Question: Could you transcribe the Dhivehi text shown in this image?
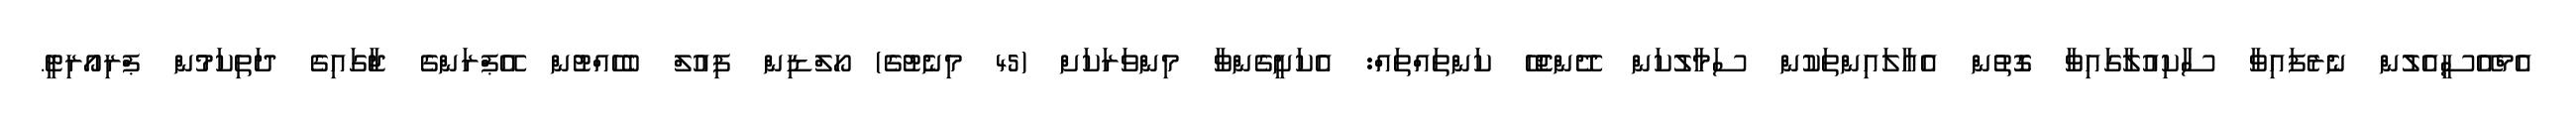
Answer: އެމްއޭސީއެލުން ނެރެފައިވާ ސާކިއުލާގައިވާ ގޮތުން އެއާލައިންތަކުން ސަމާލުކަން ދޭންޖެހޭ ކަންތައްތައް: އެކަށީގެންވާ މިންވަރަކަށް (45 މިނެޓުގެ) ހޯލްޑިން ފިއުލް ބެހެއްޓުން އޭޕްރަންގެ ޖާގައިގެ ދަތިކަމުން ޕްރިއޯރިޓީ.